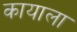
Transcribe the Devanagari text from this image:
कायाला